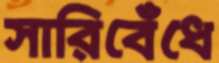
সারিবেঁধে